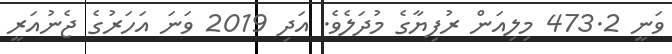
ވަނީ 473.2 މިލިއަން ރުފިޔާގެ މުދަލެވެ. އަދި 2019 ވަނަ އަހަރުގެ ޖެނުއަރީ